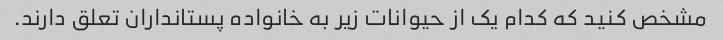
مشخص کنید که کدام یک از حیوانات زیر به خانواده پستانداران تعلق دارند.